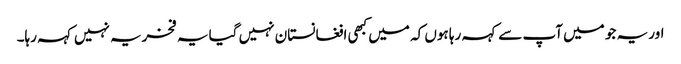
اور یہ جو میں آپ سے کہہ رہا ہوں کہ میں کبھی افغانستان نہیں گیا یہ فخریہ نہیں کہہ رہا۔